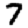
Digit: 7